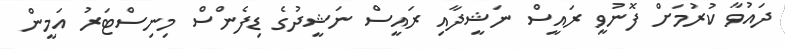
ދައުވާ ކުރުމަށް ފޮނުވީ ރައީސް ނަޝީދާއި ރައީސް ނަޝީދުގެ ޑިފެންސް މިިނިސްޓަރު އަމީން